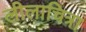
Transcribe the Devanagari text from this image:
लीलाचित्रा